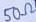
Text: 50Ω